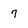
Character: 7